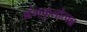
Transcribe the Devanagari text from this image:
अंगकुलोत्पन्न